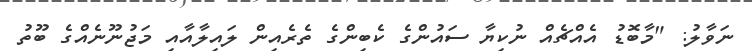
ނަވާލު: "މާބޮޑު އެއްޗެއް ނުކިޔާ ސައުންގެ ކެބިންގެ ތެރެއިން ލައިލާއާއި މަޖުނޫނެއްގެ ބޫތު